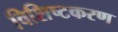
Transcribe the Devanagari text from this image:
विशिष्टकरण